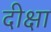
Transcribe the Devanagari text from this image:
दीक्षा